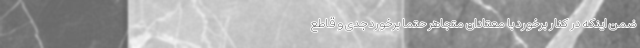
ضمن اینکه در کنار برخورد با معتادان متجاهر حتما برخورد جدی و قاطع